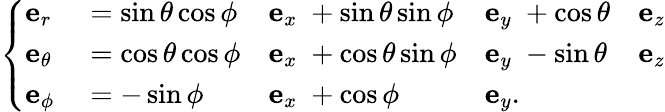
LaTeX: \left\{ \begin{array}{lllll}{\textbf{e}_{r}\; }&{=\sin\theta\cos\phi}&{\textbf{e}_{x}\; +\sin\theta\sin\phi}&{\textbf{e}_{y}\; +\cos\theta}&{\textbf{e}_{z}}\\ {\textbf{e}_{\theta}\; }&{=\cos\theta\cos\phi}&{\textbf{e}_{x}\; +\cos\theta\sin\phi}&{\textbf{e}_{y}\; -\sin\theta}&{\textbf{e}_{z}}\\ {\textbf{e}_{\phi}\; }&{=-\sin\phi}&{\textbf{e}_{x}\; +\cos\phi}&{\textbf{e}_{y}.}&\end{array}\right.